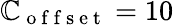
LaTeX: \mathbb{C}_{\mathrm{{~o~f~f~s~e~t~}}}=10